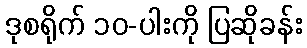
ဒုစရိုက် ၁၀-ပါးကို ပြဆိုခန်း